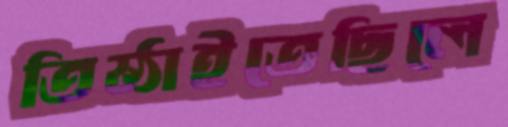
তিষ্ঠাইতেছিলে